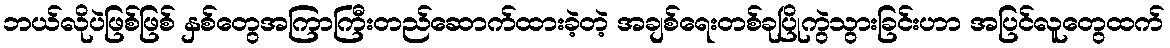
ဘယ်လိုပဲဖြစ်ဖြစ် နှစ်တွေအကြာကြီးတည်ဆောက်ထားခဲ့တဲ့ အချစ်ရေးတစ်ခုပြိုကွဲသွားခြင်းဟာ အပြင်လူတွေထက်